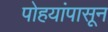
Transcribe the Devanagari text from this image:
पोहयांपासून